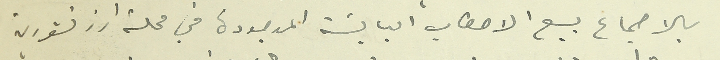
بالاجماع بيع الاحطاب اليابسَة الموجودة في محلة ارز تنورين